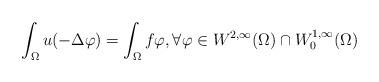
LaTeX: \begin{align*}\int_ \Omega u (-\Delta \varphi) = \int_ \Omega f \varphi, \forall \varphi \in W^{2,\infty}(\Omega) \cap W^{1,\infty}_0 (\Omega)\end{align*}